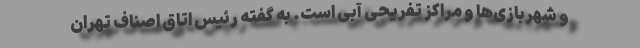
و شهربازی‌ها و مراکز تفریحی آبی است. به گفته رئیس اتاق اصناف تهران